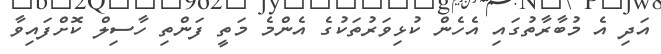
އަދި އެ މުބާރާތުގައި އެހެން ކުޅިވަރުތަކުގެ އެންމެ މަތީ ފަންތި ހާސިލް ކޮށްފައިވާ